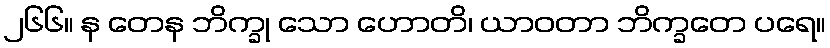
၂၆၆။ န တေန ဘိက္ခု သော ဟောတိ၊ ယာဝတာ ဘိက္ခတေ ပရေ။